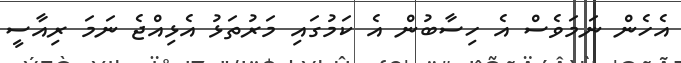
އެހެން ނަމަވެސް އެ ހިސާބުން އެ ކަމުގައި މަރުތަޅު އެޅިއްޖެ ނަމަ ރިއާސީ